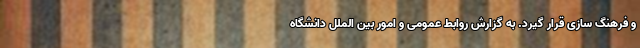
و فرهنگ سازی قرار گیرد. به گزارش روابط عمومی و امور بین الملل دانشگاه